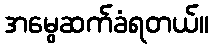
အမွေဆက်ခံရတယ်။